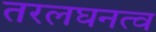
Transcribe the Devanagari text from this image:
तरलघनत्व